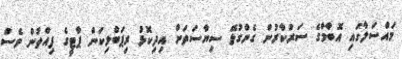
މައްސަލާގައި އޮބާމާގެ ސަރުކާރުން ގެންގުޅޭ ސިޔާސަތަށް އިދިކޮޅު ރިޕަބްލިކަން ޕާޓީގެ ފިއްތުން ވެސް